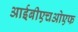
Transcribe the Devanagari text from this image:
आईबीएचओएफ